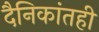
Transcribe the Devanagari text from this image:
दैनिकांतही